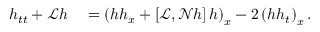
\begin{array} { r l } { h _ { t t } + \mathscr { L } h } & { { } = \left( h h _ { x } + \left[ \mathscr { L } , \mathscr { N } h \right] h \right) _ { x } - 2 \left( h h _ { t } \right) _ { x } . } \end{array}